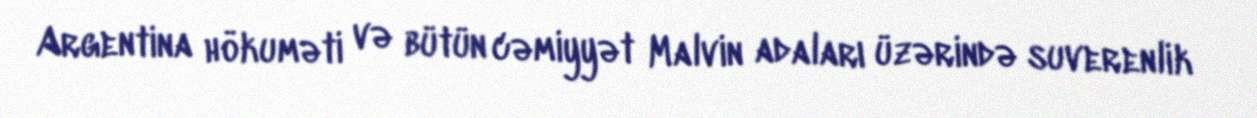
Argentina hökuməti və bütün cəmiyyət Malvin adaları üzərində suverenlik